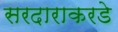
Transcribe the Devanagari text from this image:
सरदाराकरडे